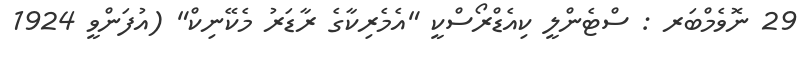
29 ނޮވެމްބަރ : ސްޓެންލީ ކިއެޑްރޯސްކީ "އެމެރިކާގެ ރާޑަރު މެކޭނިކް" (އުފަންވީ 1924